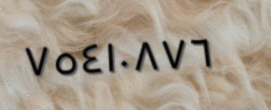
٧٥٤١٠٨٧٦